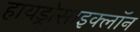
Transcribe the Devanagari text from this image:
हायड्रोसाइक्लॉन